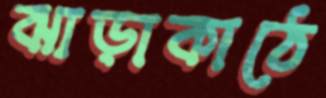
ঝাড়াকাঠে